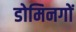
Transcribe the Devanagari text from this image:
डोमिनगों